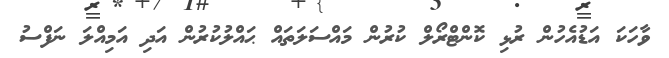
ވާހަކަ އަޑުއެހުން ރުޅި ކޮންޓްރޯލް ކުރުން މައްސަލަތައް ޙައްލުކުރުން އަދި އަމިއްލަ ނަފްސު